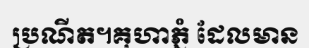
ប្រណីត។គុហាភ្នំ ដែលមាន